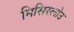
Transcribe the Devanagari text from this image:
मिसिरलोउ